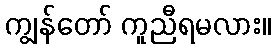
ကျွန်တော် ကူညီရမလား။